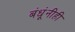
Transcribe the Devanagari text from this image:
बंधूंनीही